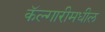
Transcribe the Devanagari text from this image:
कॅल्गारीमधील